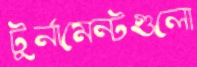
টুর্নামেন্টগুলো